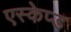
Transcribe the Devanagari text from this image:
एस्केप्ड